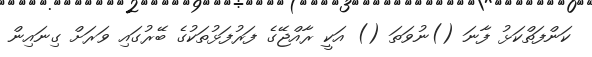
ކަންފަތްކަޅު ފާނަ ()ނުވަތަ () އަކީ ރާއްޖޭގެ ފަރުފަޅުތަކުގެ ބޭރުގައި ވަރަށް ގިނައިން